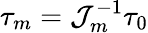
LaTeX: \tau_{m}={\cal J}_{m}^{-1}\tau_{0}